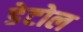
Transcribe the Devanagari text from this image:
डेटोल